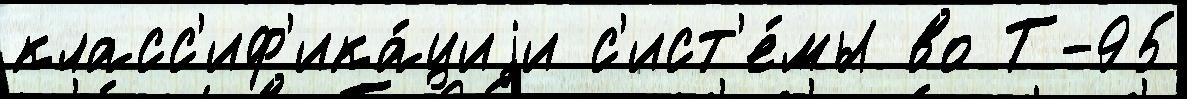
класс'иф'ика́циjи с'ист'е́мы во Т-95